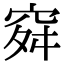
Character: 𥥤